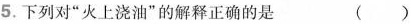
5.下列对”火上浇油”的解释正确的是 ( )